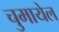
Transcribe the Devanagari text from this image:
चुमायेल